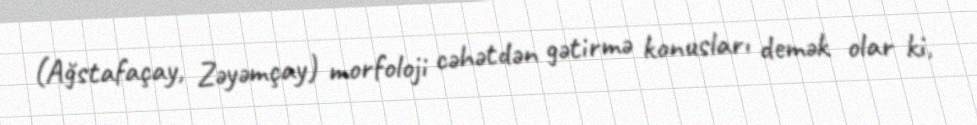
(Ağstafaçay, Zəyəmçay) morfoloji cəhətdən gətirmə konusları demək olar ki,